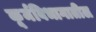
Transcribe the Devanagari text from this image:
कूर्मविभागातील